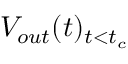
V _ { o u t } ( t ) _ { t < t _ { c } }